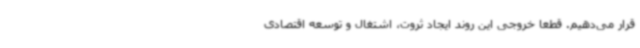
قرار می‌دهیم. قطعا خروجی این روند ایجاد ثروت، اشتغال و توسعه اقتصادی